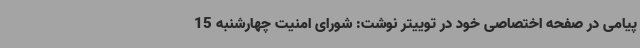
پیامی در صفحه اختصاصی خود در توییتر نوشت: شورای امنیت چهارشنبه 15